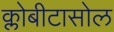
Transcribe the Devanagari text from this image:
क्लोबीटासोल